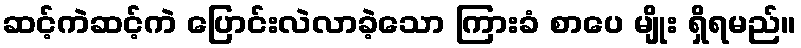
ဆင့်ကဲဆင့်ကဲ ပြောင်းလဲလာခဲ့သော ကြားခံ စာပေ မျိုး ရှိရမည်။